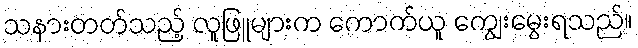
သနားတတ်သည့် လူဖြူများက ကောက်ယူ ကျွေးမွေးရသည်။